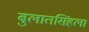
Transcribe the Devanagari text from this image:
बुलातसिंहला